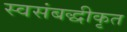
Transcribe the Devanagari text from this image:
स्वसंबद्धीकृत